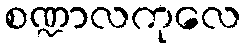
စဏ္ဍာလကုလေ